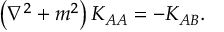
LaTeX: \left( \nabla ^ { 2 } + m ^ { 2 } \right) K _ { A A } = - K _ { A B } .